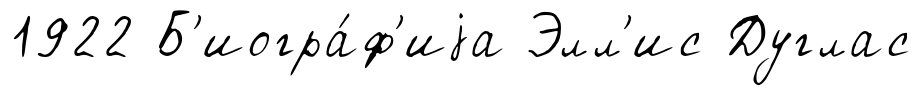
1922 Б'иогра́ф'иjа Элл'ис Дуглас